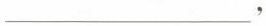
___，